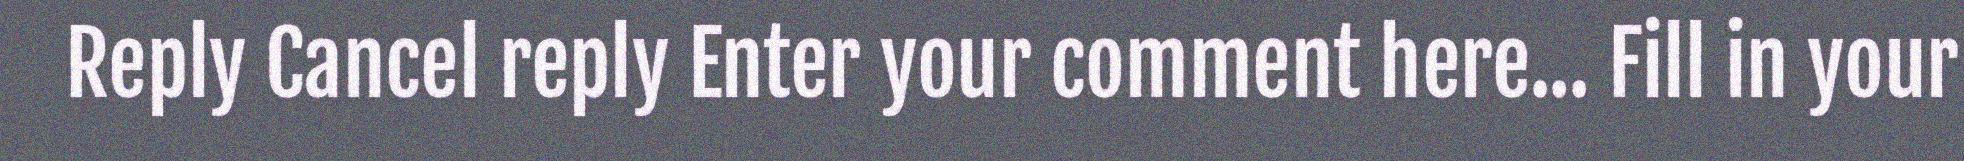
Reply Cancel reply Enter your comment here... Fill in your